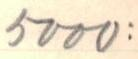
5000: